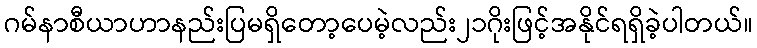
ဂမ်နာစီယာဟာနည်းပြမရှိတော့ပေမဲ့လည်း၂၁ဂိုးဖြင့်အနိုင်ရရှိခဲ့ပါတယ်။